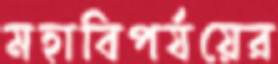
মহাবিপর্যয়ের